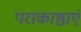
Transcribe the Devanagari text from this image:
पराकाष्ठाएं